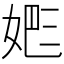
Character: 𡝕